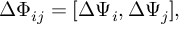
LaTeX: \Delta \Phi _ { i j } = [ \Delta \Psi _ { i } , \Delta \Psi _ { j } ] ,